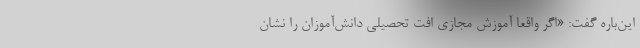
این‌باره گفت: «‌اگر واقعا آموزش مجازی افت تحصیلی دانش‌آموزان را نشان